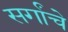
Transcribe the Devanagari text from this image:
सर्गांचे